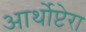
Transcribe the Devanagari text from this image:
आर्थोप्टेरा